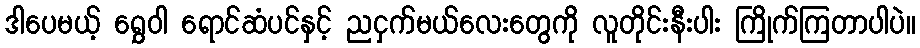
ဒါပေမယ့် ရွှေဝါ ရောင်ဆံပင်နှင့် ညငှက်မယ်လေးတွေကို လူတိုင်းနီးပါး ကြိုက်ကြတာပါပဲ။